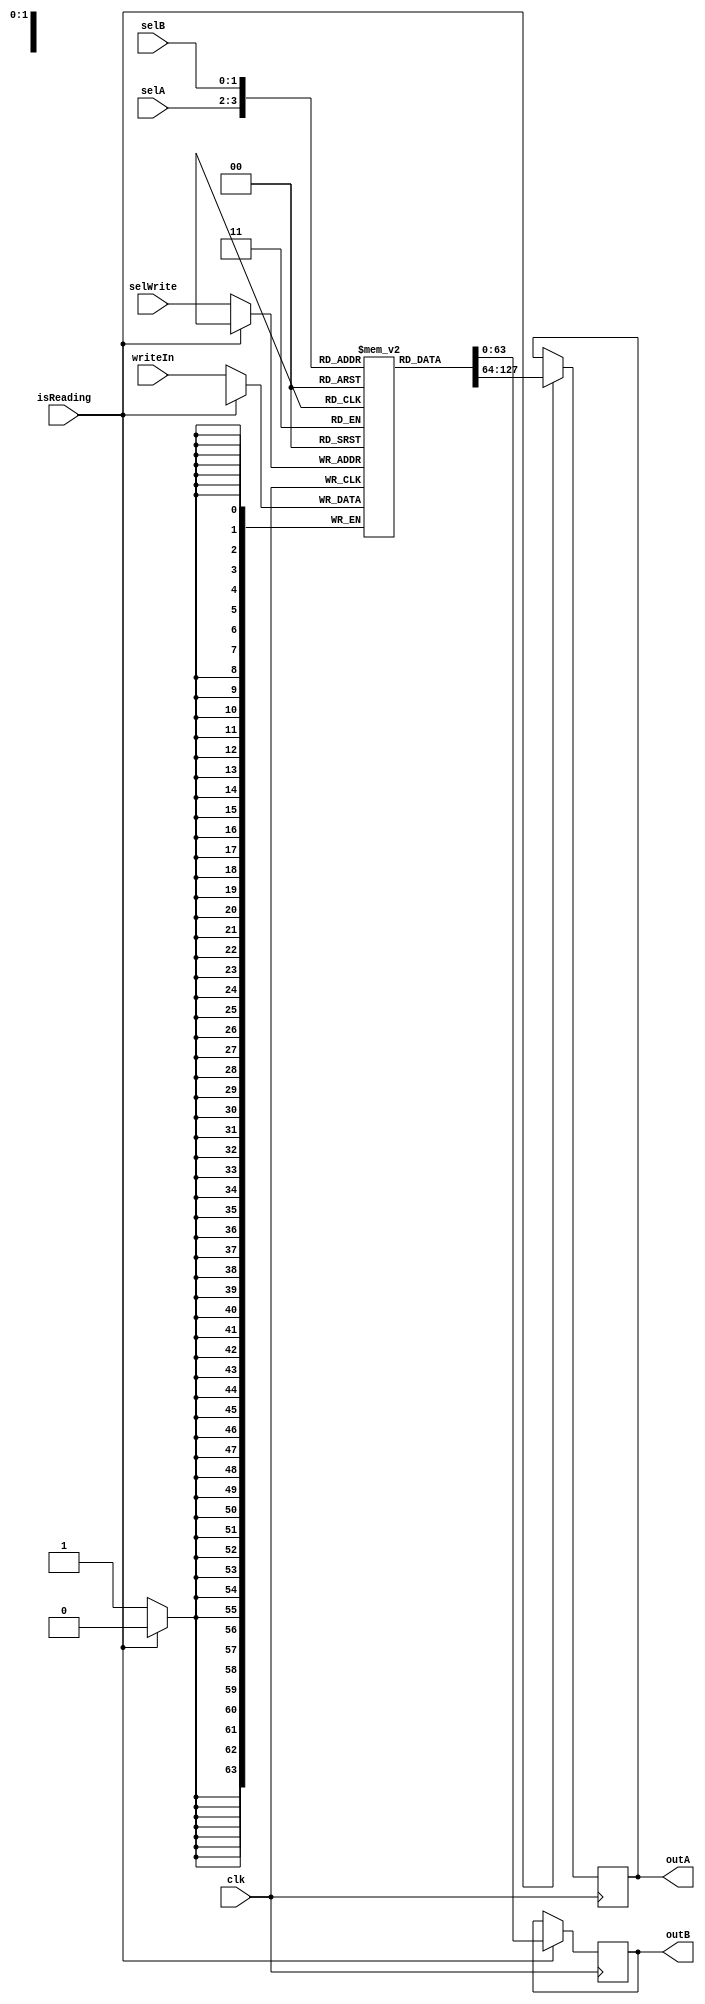
module RegisterFile (
    input [REG_ADDRESS_SIZE-1:0] selA,
    input [REG_ADDRESS_SIZE-1:0] selB,
    input [REG_ADDRESS_SIZE-1:0] selWrite,
    input [MEM_WORD_SIZE-1:0] writeIn,
    input isReading,
    input clk,
    output reg [MEM_WORD_SIZE-1:0] outA,
    output reg [MEM_WORD_SIZE-1:0] outB
);

  //Parameters 
  parameter REG_ADDRESS_SIZE = 2;
  parameter NUM_REG = 2 ** REG_ADDRESS_SIZE;
  parameter MEM_WORD_SIZE = 64;


  //Logic

  reg [MEM_WORD_SIZE-1:0] registers[NUM_REG-1:0];

  always @(posedge clk) begin
    if (isReading) begin  
      outA <= registers[selA];
      outB <= registers[selB];
    end else begin //writing
      registers[selWrite] <= writeIn;
    end
  end



  //Sim
  initial begin : initialization
    integer i;
    for (i = 0; i < NUM_REG; i = i + 1) begin
      registers[i] = {MEM_WORD_SIZE{1'b0}};
    end
      outA <= {MEM_WORD_SIZE{1'b0}};
      outB <= {MEM_WORD_SIZE{1'b0}};
  end




endmodule